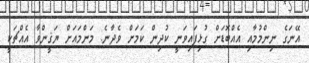
އޭނަގެ ނިންމުމާއި އެއްބޮޑަށް ގުޅިފައިވަނީ ކުދިން ކަމަށް ވެދާނެ. މަންމައަށް ޔަޤީންވާ އެއްޗަކީ